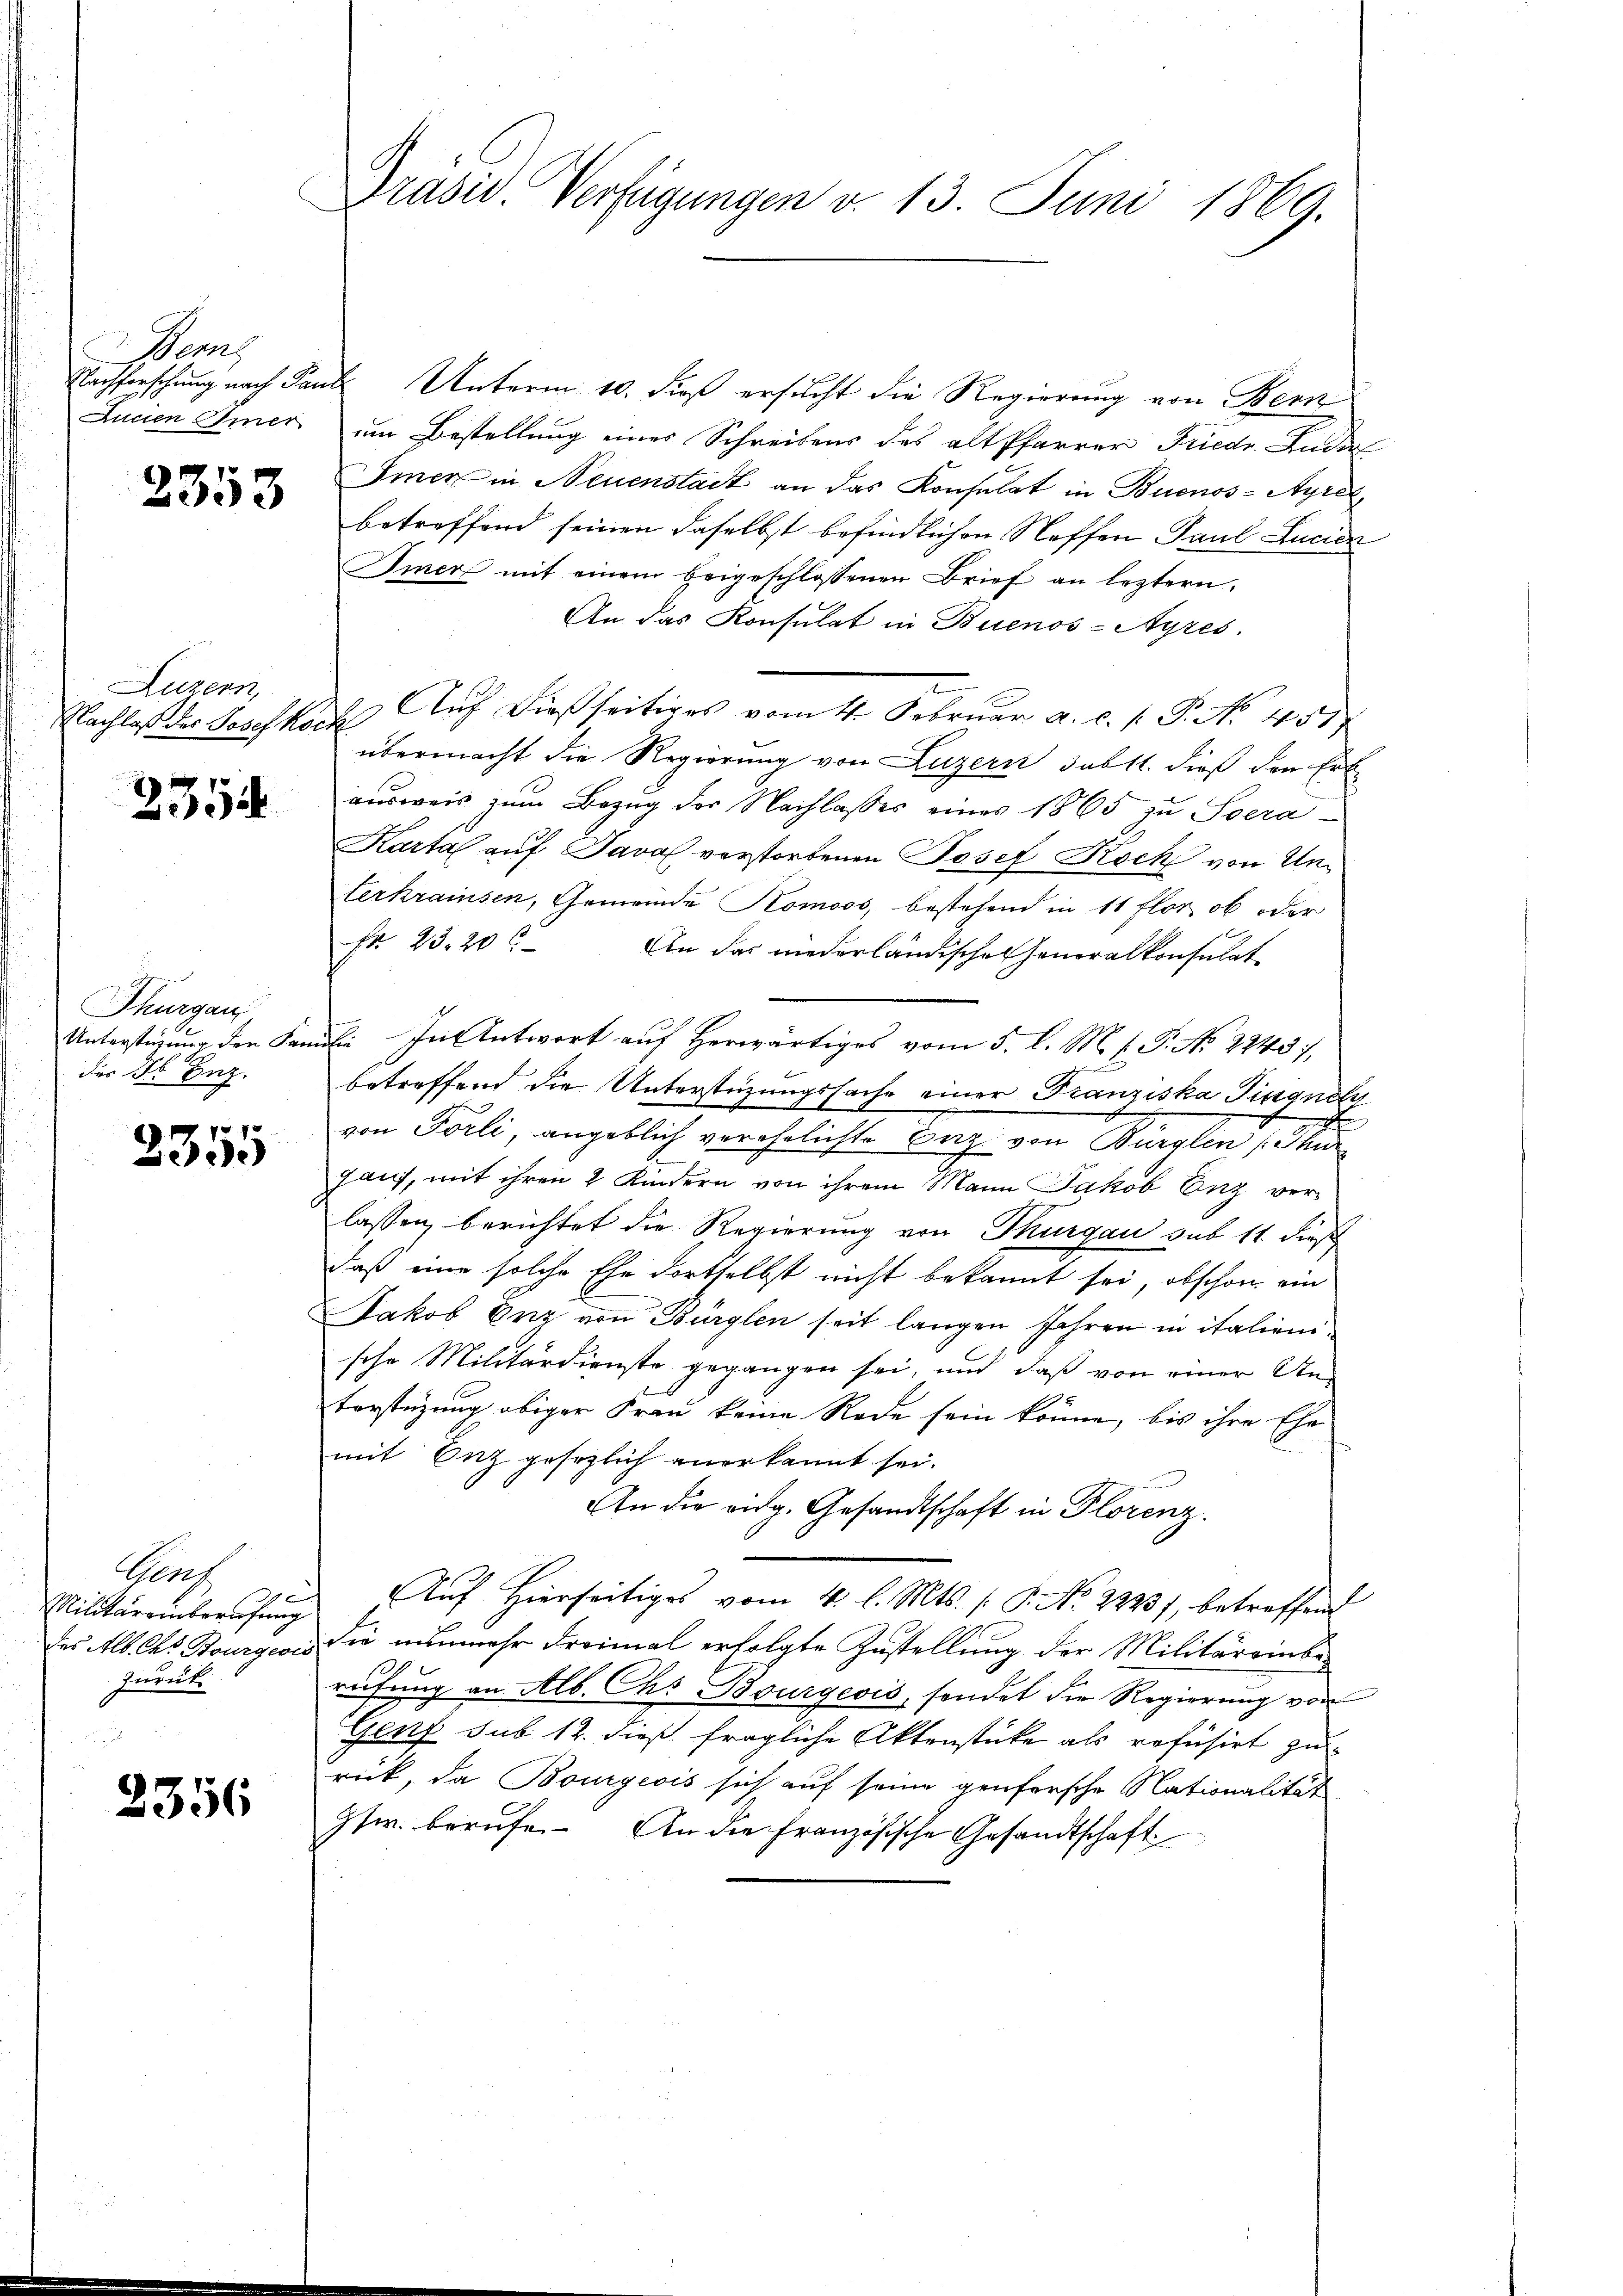
Demn
Jucien Emer

2353

Luzern,

2354

Thurgau
Unterstigung der Sam
des 26 Aug.

107
2090

Genf
190
Militärrinberufung
des Alb. Ges. Bourgern
zurück.

2356

Präsid. Verfügungen d. 13. Juni 1869.

Nachforschung nach Paul Unterm 10. dieß ersucht die Regierung von Benk
um Bestellung eines Schreibens des alt Pfarrer Friedr. Ander
Imer in Neuenstadt an das Konsulat in Buenos-Ayres,
betreffend seinen daselbst befindlichen Neffen Paul Lucian
Immer mit einem beigeschlossenen Brief an leztern,
An das Konsulat in Buenos-Ayres
Nachlaß des Geschkauf Auf dießseitiges vom 4. Februar a. c. f. P. No. 459
übermacht die Regierung von Luzern subst. dieß den Erk
ausweis zum Bezug der Nachlasses eines 1865 zu Soera¬
Kartal auf Java verstorbenen Josef Rock von Unterkraisen, Gemeinde Komoos, bestehend in 11 flor ob oder
Nr. 23. 20 x
An das niederländische Generalkonsulat
al. In Antwort auf Herwärtiges vom 5. l. M. h. T. No 2243),
betreffend die Unterstüzungssache einer Franziska Tingneh
von Pauli, angeblich verehelichte Tag von Berglen, die
gaus, mit ihren 2 Kindern von ihrem Mann Jakob Enz verlassen berichtet die Regierung von Thurgau sub 11 dies
daß eine solche Ehe dortselbst nicht bekannt sei, obschon ein
Jakob Enz von Bürglen seit langen Jahren in italienische Militärdienste gegangen sei, und daß von einer Un-
torstüzung obiger Frau keine Rede sein könne, bis ihre Ehe
mit Enz gesezlich anerkannt sei.
An die eidg. Gesandtschaft in Florenz.
Auf hierseitiges vom 4. l. Mts. (T. No. 2223), betreffend
die nunmehr dreimal erfolgte Zustellung der Militäreinberufung an Alb. Chr Bourgeois, sendet die Regierung von
Genf sub 12. dieß fragliche Aktenstücke als refusirt zu
rück, da Bourgeois sich auf seine prüfensche Nationalität
Gsw. berufe. An die französische Gesandtschaft